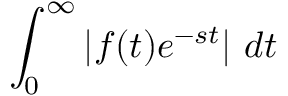
\int _ { 0 } ^ { \infty } \left| f ( t ) e ^ { - s t } \right| \, d t